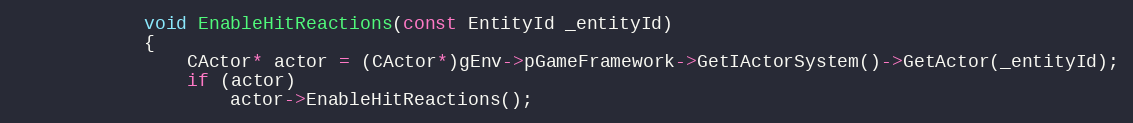
Language: C++
			void EnableHitReactions(const EntityId _entityId)
			{
				CActor* actor = (CActor*)gEnv->pGameFramework->GetIActorSystem()->GetActor(_entityId);
				if (actor)
					actor->EnableHitReactions();